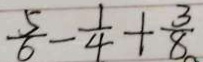
\frac { 5 } { 6 } - \frac { 1 } { 4 } + \frac { 3 } { 8 }